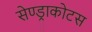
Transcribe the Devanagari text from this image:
सेण्ड्राकोटस